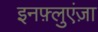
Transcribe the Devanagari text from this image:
इनफ़्लुएंज़ा